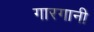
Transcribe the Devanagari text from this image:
गारगानी